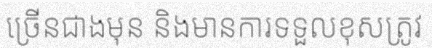
ច្រើនជាងមុន និងមានការទទួលខុសត្រូវ